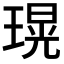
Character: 𤨆